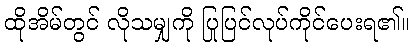
ထိုအိမ်တွင် လိုသမျှကို ပြုပြင်လုပ်ကိုင်ပေးရ၏။